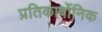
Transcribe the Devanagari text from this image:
प्रतिकार्बोनिक